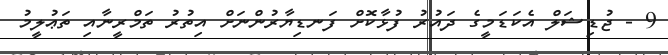
9 - ޖުޑިޝަލް އެކަޑަމީގެ ދައުރު ފުޅާކޮށް ފަނޑިޔާރުންނަށް އިތުރު ތަމްރީނާއި ތަޢުލީމު